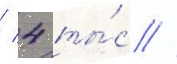
/ 4 ты́с //